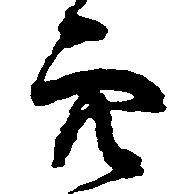
穴